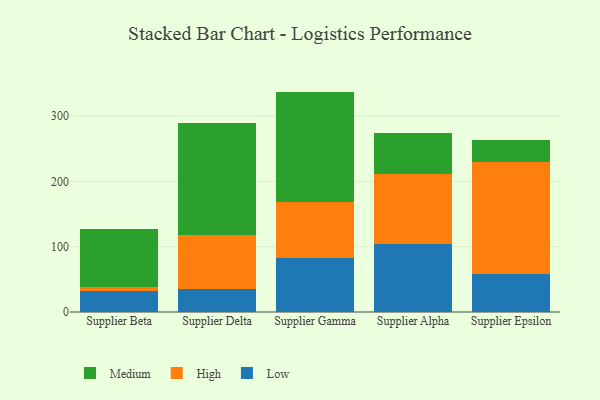
{"axis": {"x": "Supplier", "y": "Demand Index"}, "legend": ["High", "Low", "Medium"], "data": [{"x": "Supplier Beta", "y": 32.0, "type": "Low"}, {"x": "Supplier Beta", "y": 5.6, "type": "High"}, {"x": "Supplier Beta", "y": 88.9, "type": "Medium"}, {"x": "Supplier Delta", "y": 35.7, "type": "Low"}, {"x": "Supplier Delta", "y": 82.8, "type": "High"}, {"x": "Supplier Delta", "y": 170.6, "type": "Medium"}, {"x": "Supplier Gamma", "y": 82.5, "type": "Low"}, {"x": "Supplier Gamma", "y": 85.2, "type": "High"}, {"x": "Supplier Gamma", "y": 169.7, "type": "Medium"}, {"x": "Supplier Alpha", "y": 104.2, "type": "Low"}, {"x": "Supplier Alpha", "y": 106.3, "type": "High"}, {"x": "Supplier Alpha", "y": 62.8, "type": "Medium"}, {"x": "Supplier Epsilon", "y": 57.9, "type": "Low"}, {"x": "Supplier Epsilon", "y": 172.4, "type": "High"}, {"x": "Supplier Epsilon", "y": 32.9, "type": "Medium"}]}